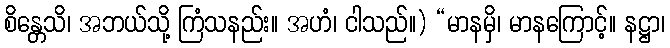
စိန္တေသိ၊ အဘယ်သို့ ကြံသနည်း။ အဟံ၊ ငါသည်။) “မာနမှိ၊ မာနကြောင့်။ နဋ္ဌာ၊